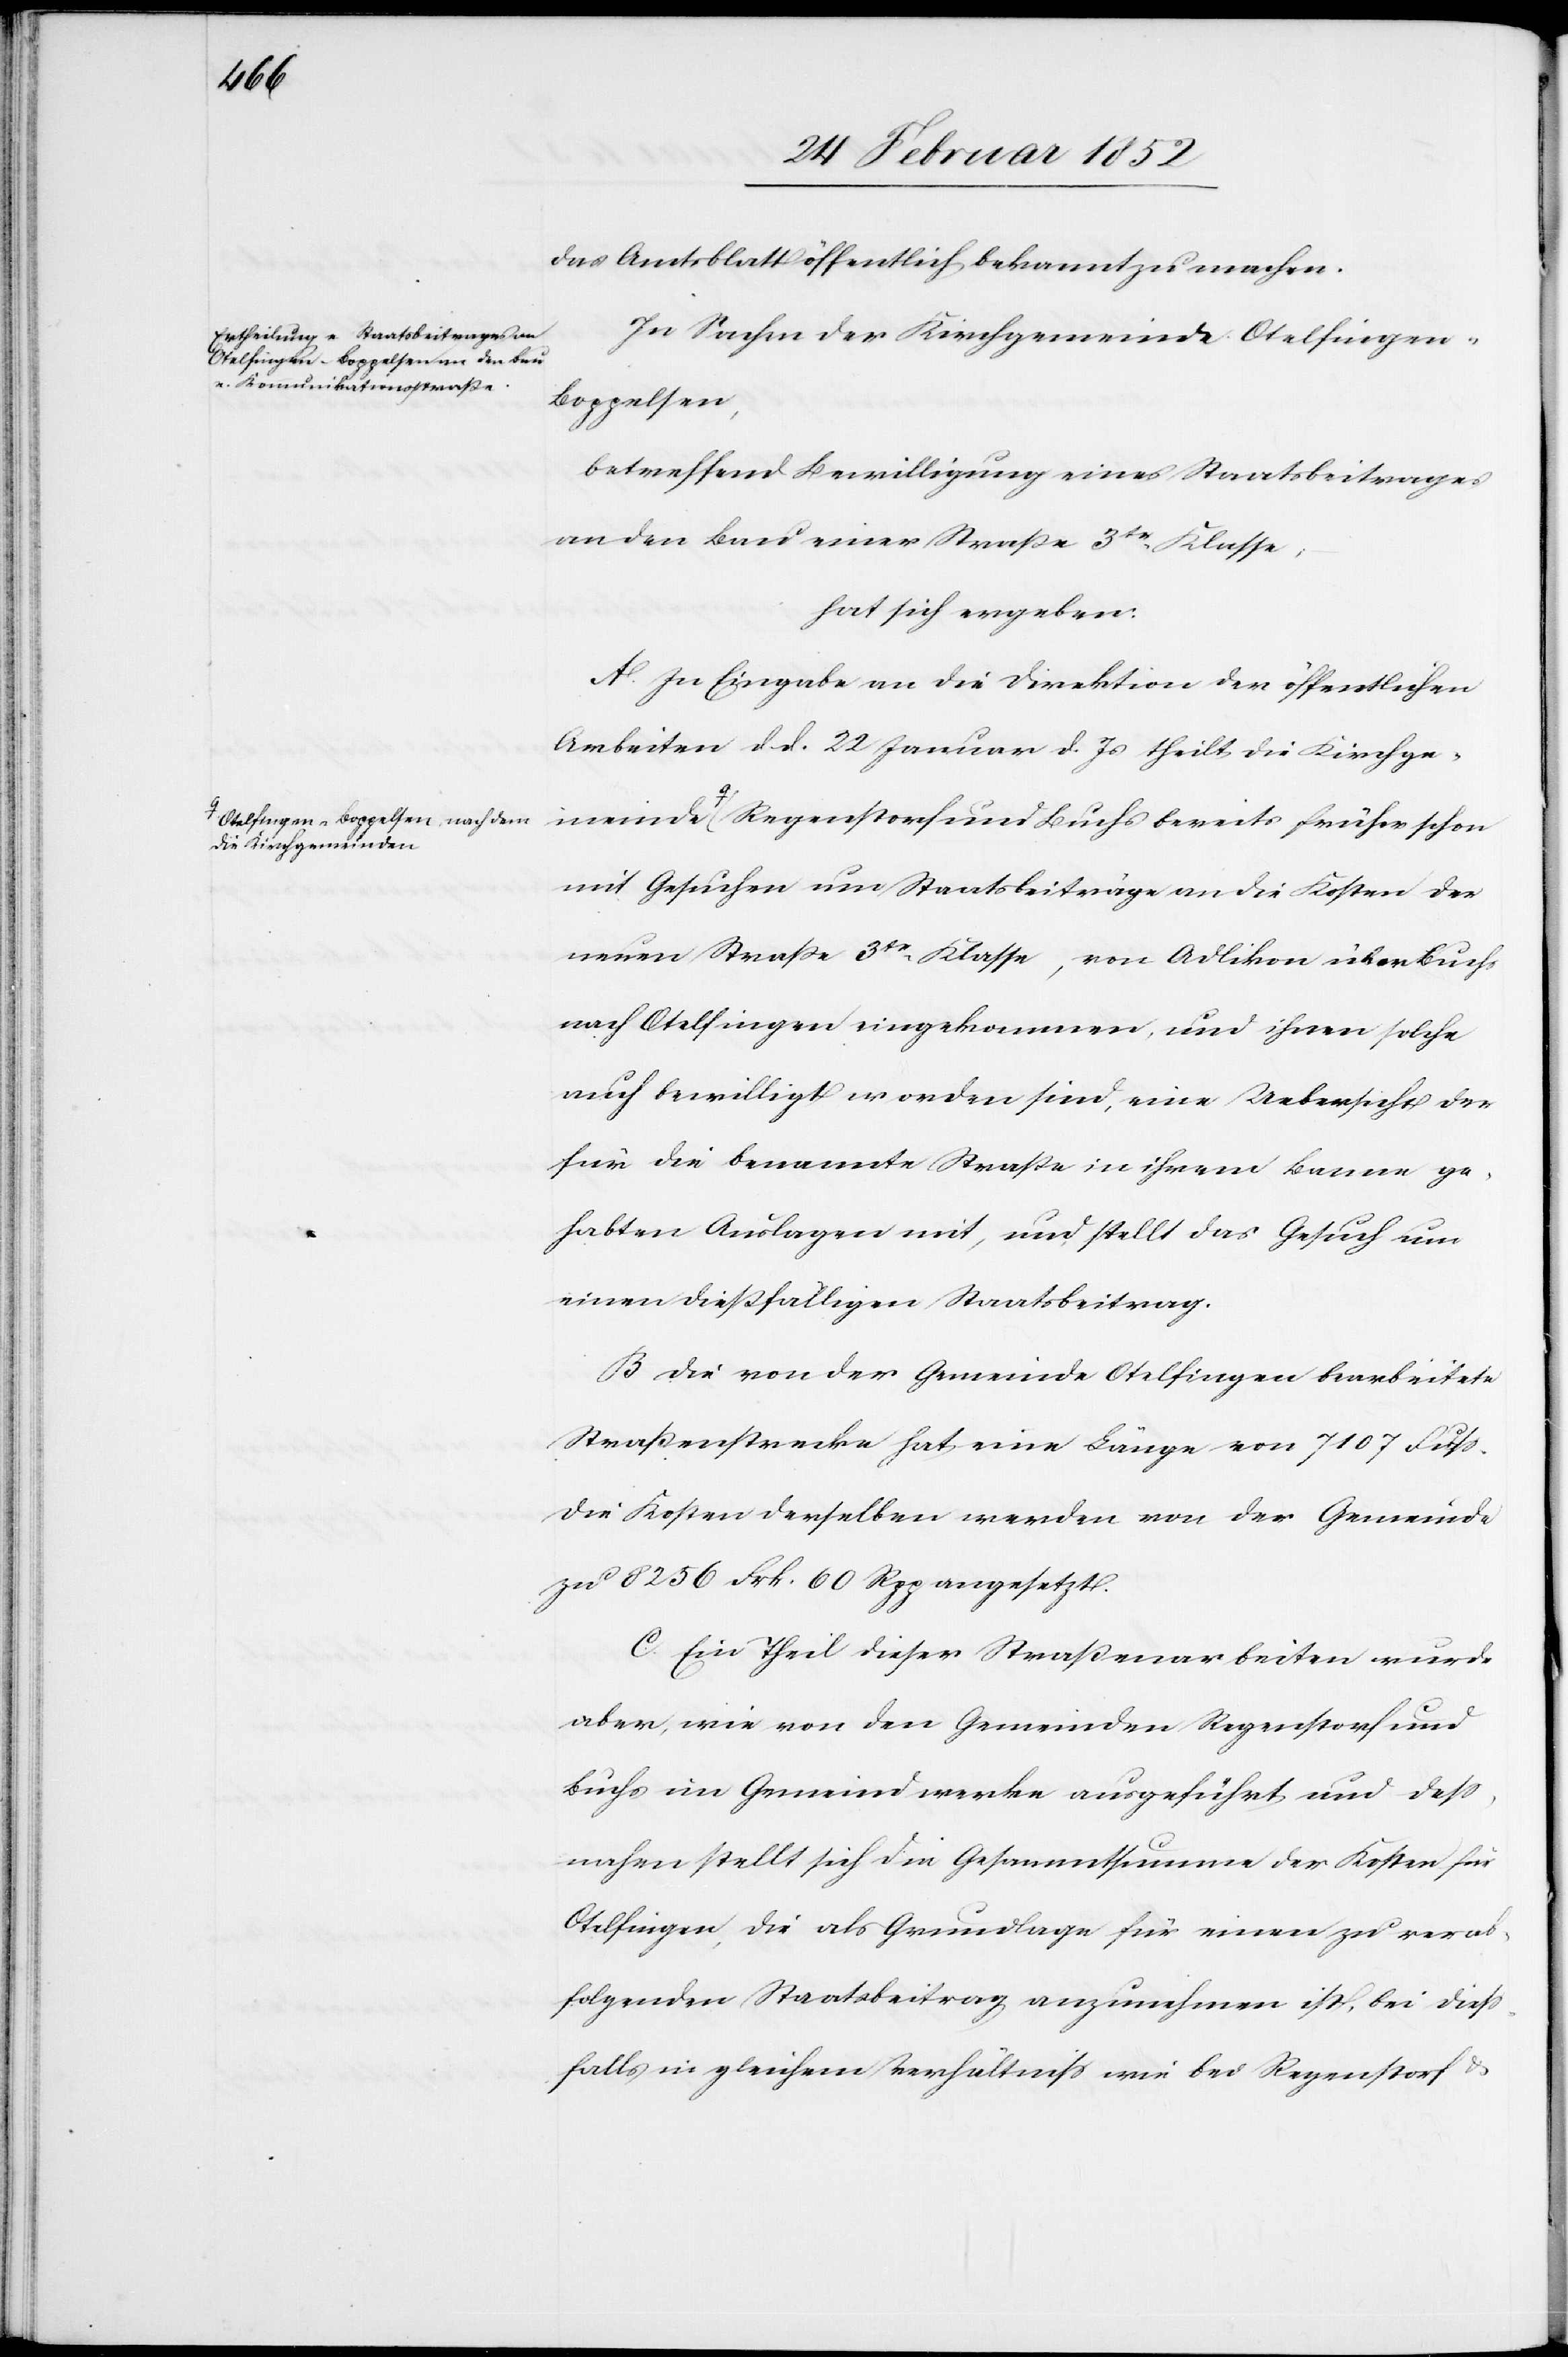
Kirchge¬
Otelfingen-Boppelsen, nach dem

das Amtsblatt öffentlich bekannt zu machen.
In Sachen der Kirchgemeinde Otelfingen-B¬
oppelsen,
betreffend Bewilligung eines Staatsbeitrages
an den Bau einer Straße 3te Klasse,
hat sich ergeben:
A. Zu Eingabe an die Direktion der öffentlichen
Arbeiten dd. 22 Januar d. Js theilt die Kirchge¬
meinde Regenstorf und Buchs bereits früher schon
mit Gesuchen um Staatsbeiträge an die Kosten der
neuen Straße 3te Klasse, von Adlikon über Buchs
nach Otelfingen eingekommen, und ihnen solche
auch bewilligt worden sind, eine Uebersicht der
für die benannte Straße in ihrem Banne ge¬
habten Auslagen mit, und stellt das Gesuch um
einen dießfälligen Staatsbeitrag.
B. Die von der Gemeinde Otelfingen bearbeitete
Straßenstrecke hat eine Länge von 7107 Fuß.
Die Kosten derselben werden von der Gemeinde
zu 8256 Frk. 60 Rpp angesetzt.
C. Ein Theil dieser Straßenarbeiten wurde
aber, wie von den Gemeinden Regenstorf und
Buchs im Gemeindwerke ausgeführt, und deß¬
nahen stellt sich die Gesammtsumme der Kosten für
Otelfingen, die als Grundlage für einen zu verab¬
folgenden Staatsbeitrag anzunehmen ist, bei dieß¬
falls in gleichem Verhältniß wie bei Regenstorf u.